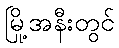
မြို့အနီးတွင်